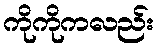
ကိုကိုကလည်း